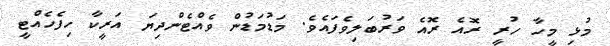
މުޅި މީހާ ހުރީ ރޮއެ ރޮއެ ވަރުބަލިވެފައެވެ. މަޑުމަޑުން ވެއްޓެންދިޔަ އަރީކާ ހިފެހެއްޓީ